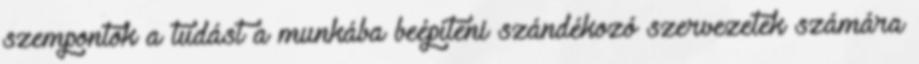
szempontok a tudást a munkába beépíteni szándékozó szervezetek számára